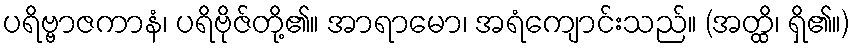
ပရိဗ္ဗာဇကာနံ၊ ပရိဗိုဇ်တို့၏။ အာရာမော၊ အရံကျောင်းသည်။ (အတ္ထိ၊ ရှိ၏။)